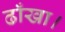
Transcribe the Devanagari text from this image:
ढाँखा।